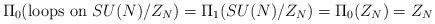
LaTeX: \begin{align*}\Pi_0( {\rm loops~on}~SU(N)/Z_N)=\Pi_1(SU(N)/Z_N)=\Pi_0(Z_N)=Z_N\end{align*}